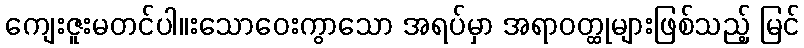
ကျေးဇူးမတင်ပါ။းသောဝေးကွာသော အရပ်မှာ အရာဝတ္ထုများဖြစ်သည့် မြင်